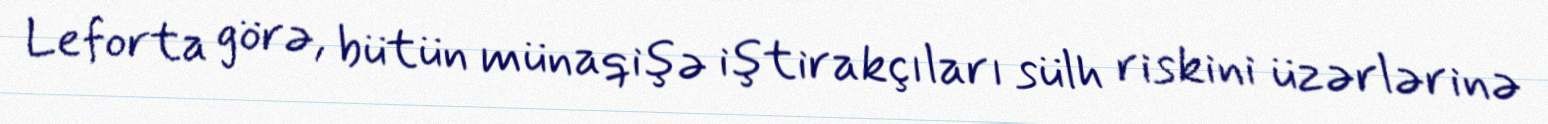
Leforta görə, bütün münaqişə iştirakçıları sülh riskini üzərlərinə